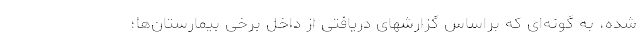
شده، به گونه‌ای که براساس گزارشهای دریافتی از داخل برخی بیمارستان‌ها؛